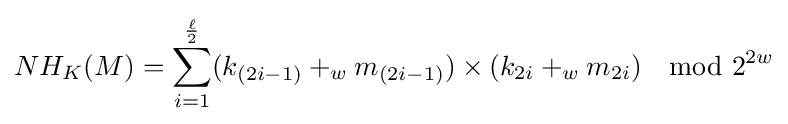
NH_{K}(M)=\sum _{i=1}^{\frac {\ell }{2}}(k_{(2i-1)}+_{w}m_{(2i-1)})\times (k_{2i}+_{w}m_{2i})\mod 2^{2w}